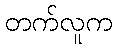
တက်လူက